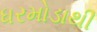
ધરમોડાથી